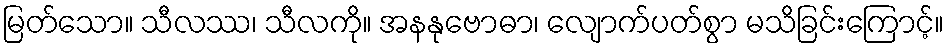
မြတ်သော။ သီလဿ၊ သီလကို။ အနနုဗောဓာ၊ လျောက်ပတ်စွာ မသိခြင်းကြောင့်။